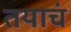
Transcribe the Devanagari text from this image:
तयाचं